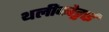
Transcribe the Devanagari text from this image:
थलीकोट्टाई